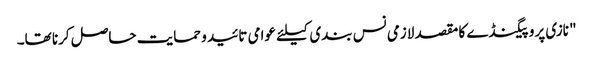
" نازی پروپیگنڈے کا مقصد لازمی نس بندی کیلئے عوامی تائید و حمایت حاصل کرنا تھا۔